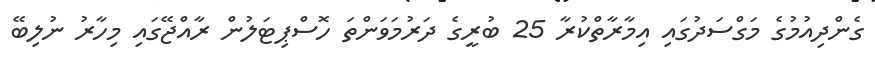
ގެންދިއުމުގެ މަގްސަދުގައި އިމާރާތްކުރާ 25 ބުރީގެ ދަރުމަވަންތަ ހޮސްޕިޓަލުން ރާއްޖޭގައި މިހާރު ނުލިބޭ